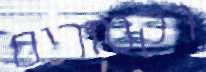
רקטורים